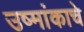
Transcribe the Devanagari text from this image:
उष्मांकाचे